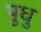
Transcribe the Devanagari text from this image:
पुधु